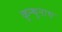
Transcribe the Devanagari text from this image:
कुन्थूनाथ